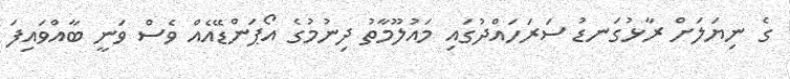
ގެ ނިޔަލަށް ރާޅުގަނޑު ސަރަހައްދުގައި މައުލޫމާތު ދިނުމުގެ އޯޕަންޑޭއެއް ވެސް ވަނީ ބާއްވައިފަ